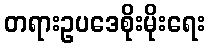
တရားဥပဒေစိုးမိုးရေး